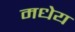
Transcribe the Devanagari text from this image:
मधेय